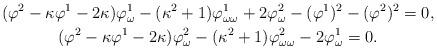
LaTeX: \begin{gather*}(\varphi^2-\kappa\varphi^1-2\kappa)\varphi^1_\omega-(\kappa^2+1)\varphi^1_{\omega\omega}+2\varphi^2_\omega-(\varphi^1)^2-(\varphi^2)^2=0,\\(\varphi^2-\kappa\varphi^1-2\kappa)\varphi^2_\omega-(\kappa^2+1)\varphi^2_{\omega\omega}-2\varphi^1_\omega=0.\end{gather*}